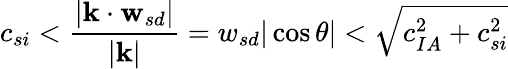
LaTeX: c_{si}<\frac{|\mathbf{k}\cdot\mathbf{w}_{sd}|}{|\mathbf{k}|}={w_{sd}}|\cos\theta|<\sqrt{c_{IA}^{2}+c_{si}^{2}}